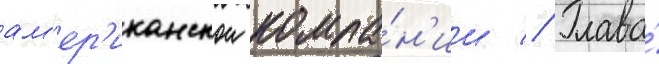
ам'ер'иканскои компа́н'ии // Глава́